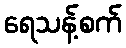
ရေသန့်စက်